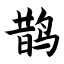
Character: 鹊